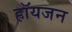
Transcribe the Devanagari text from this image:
हॉयजन